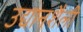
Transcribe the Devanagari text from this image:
उद्यानशैली